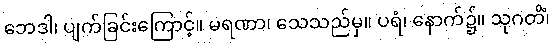
ဘေဒါ၊ ပျက်ခြင်းကြောင့်။ မရဏာ၊ သေသည်မှ။ ပရံ၊ နောက်၌။ သုဂတိံ၊